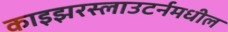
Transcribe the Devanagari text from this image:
काइझरस्लाउटर्नमधील